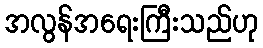
အလွန်အရေးကြီးသည်ဟု